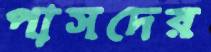
পাসদের